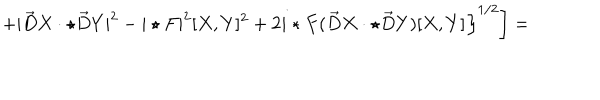
\left. \left. + | \vec { D } X \cdot \star \vec { D } Y | ^ { 2 } - | \star F | ^ { 2 } [ X , Y ] ^ { 2 } + 2 i \star F ( \vec { D } X \cdot \star \vec { D } Y ) [ X , Y ] \right\} ^ { 1 / 2 } \right] =